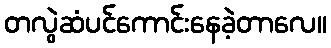
တလွဲဆံပင်ကောင်းနေခဲ့တာလေ။